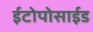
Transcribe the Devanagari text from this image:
ईटोपोसाईड